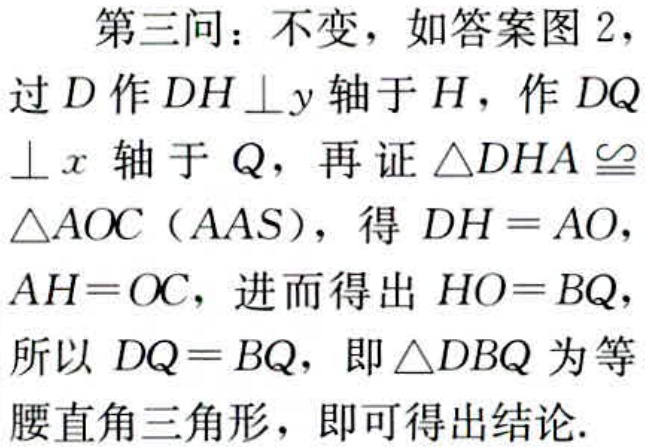
第三问：不变，如答案图 2，

过\(D\)作\(DH\perp y\)轴于\(H\)，作\(DQ\)

\(\perp x\)轴于 \(Q\)，再证\(\triangle DHA\cong\)

\(\triangle AOC\)（\(AAS\)），得 \(DH = AO\)，

\(AH = OC\)，进而得出 \(HO = BQ\)，

所以 \(DQ = BQ\)，即\(\triangle DBQ\)为等

腰直角三角形，即可得出结论.